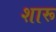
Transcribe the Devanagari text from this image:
शारू